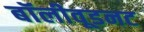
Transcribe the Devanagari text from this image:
बॉलीवूडनट